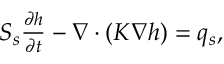
\begin{array} { r } { { S _ { s } \frac { \partial h } { \partial t } - \nabla \cdot ( K \nabla h ) = q _ { s } } , } \end{array}